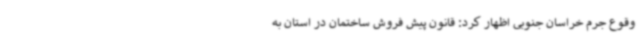
وقوع جرم خراسان جنوبی اظهار کرد: قانون پیش فروش ساختمان در استان به